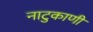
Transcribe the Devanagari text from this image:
नाटुकाणी